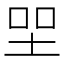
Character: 𡋐